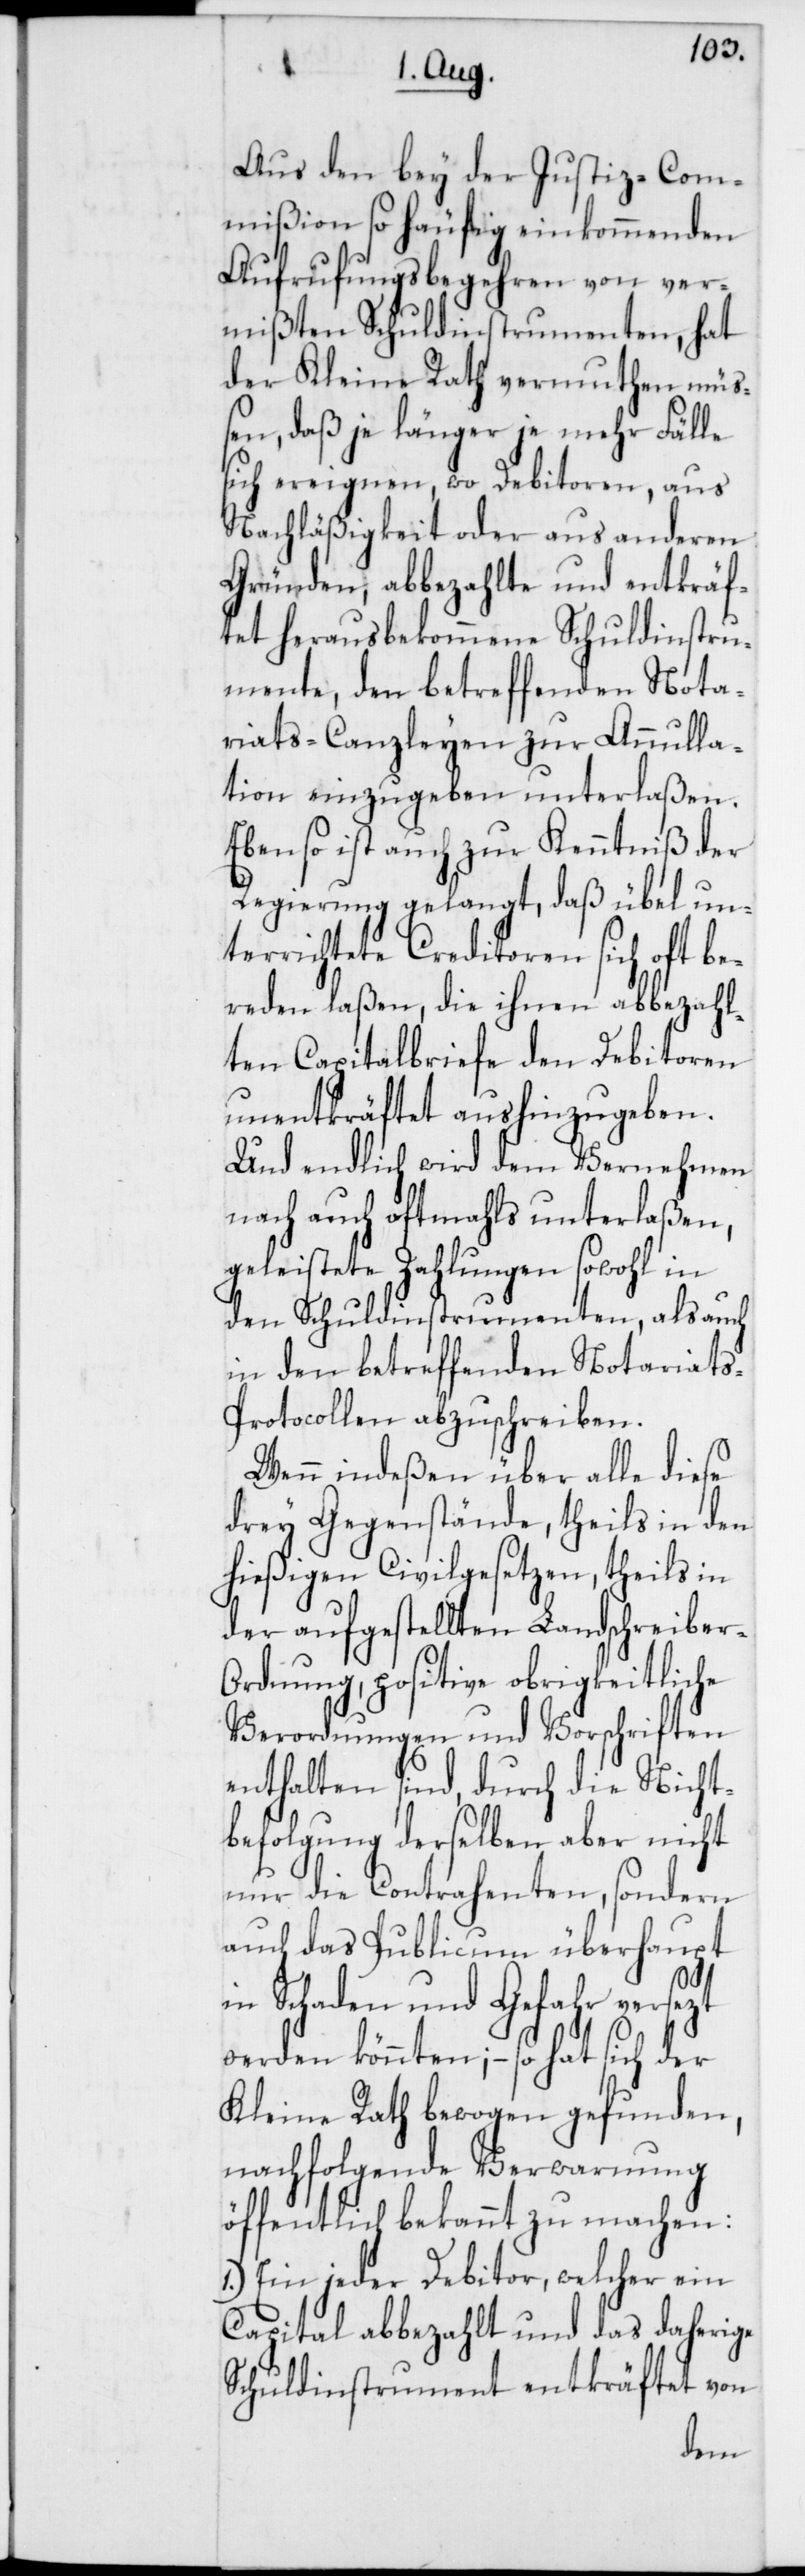
Aus den bey der Justiz-Com¬
mißion so häufig einkommenden
Aufrufungsbegehren von ver¬
mißten Schuldinstrumenten, hat
der Kleine Rath vermuten mü¬
ßen, daß je länger je mehr Fälle
sich ereignen, wo Debitoren, aus
Nachläßigkeit oder aus anderen
Gründen abbezahlte und entkräf¬
tet herausbekommene Schuldinstru¬
mente, den betreffenden Nota¬
riats-Canzleyen zur Annulla¬
tion einzugeben unterlaßen.
Ebenso ist auch zur Kenntniß der
Regierung gelangt, daß übel un¬
terrichtete Creditoren sich oft be¬
reden laßen, die ihnen abbezahl¬
ten Capitalbriefe den Debitoren
unentkräftet aushinzugeben.
Und endlich wird dem Vernehmen
nach auch oftmahls unterlaßen,
geleistete Zahlungen sowohl in
den Schuldinstrumenten, als auch
in den betreffenden Notariat¬
s-Protocollen abzuschreiben.
Wenn indeßen über alle diese
drey Gegenstände, theils in den
hießigen Civilgesetzen, theils in
der aufgestellten Landschreiber-O¬
rdnung, positive obrigkeitliche
Verordnungen und Vorschriften
enthalten sind, durch die Nicht¬
befolgung derselben aber nicht
nur die Contrahenten, sondern
auch das Publicum überhaupt
in Schaden und Gefahr versezt
werden könnten, – so hat sich der
Kleine Rath bewogen gefunden,
nachfolgende Verwarnung
öffentlich bekannt zu machen:
1.) Ein jeder Debitor, welcher ein
Capital abbezahlt und das daherige
äftet von
Schuldinstrument